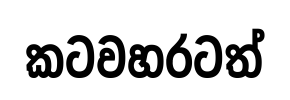
කටවහරටත්